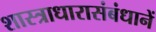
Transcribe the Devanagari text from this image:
शास्त्राधारासंबंधानें